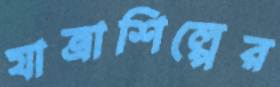
যাত্রাশিল্পের